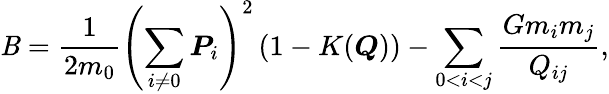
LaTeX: \mathit{B}=\frac{{1}}{{2m_{0}}}\left(\sum_{i\ne0}\boldsymbol{P}_{i}\right)^{2}\left(1-K(\boldsymbol{Q})\right)-\sum_{0<i<j}\frac{{Gm_{i}m_{j}}}{{Q_{ij}}},